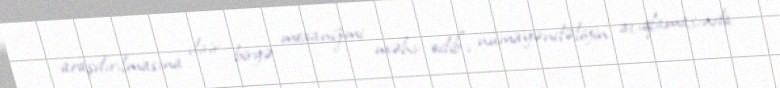
araşdırılmasına dair birgə mexanizmi məhv edib”, nümayəndəliyin açıqlamasında